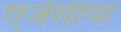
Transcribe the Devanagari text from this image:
एजेंसीया